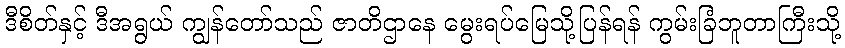
ဒီစိတ်နှင့် ဒီအရွယ် ကျွန်တော်သည် ဇာတိဌာနေ မွေးရပ်မြေသို့ပြန်ရန် ကွမ်းခြံဘူတာကြီးသို့